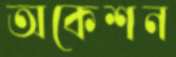
অকেশন